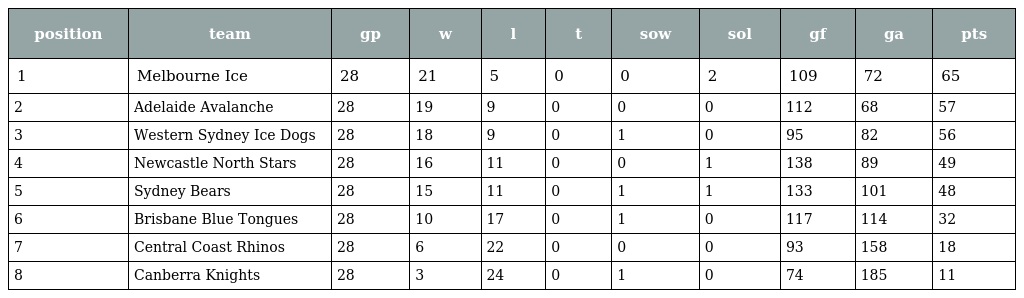
| position | team | gp | w | l | t | sow | sol | gf | ga | pts |
 | --- | --- | --- | --- | --- | --- | --- | --- | --- | --- | --- |
 | 1 | Melbourne Ice | 28 | 21 | 5 | 0 | 0 | 2 | 109 | 72 | 65 |
 | 2 | Adelaide Avalanche | 28 | 19 | 9 | 0 | 0 | 0 | 112 | 68 | 57 |
 | 3 | Western Sydney Ice Dogs | 28 | 18 | 9 | 0 | 1 | 0 | 95 | 82 | 56 |
 | 4 | Newcastle North Stars | 28 | 16 | 11 | 0 | 0 | 1 | 138 | 89 | 49 |
 | 5 | Sydney Bears | 28 | 15 | 11 | 0 | 1 | 1 | 133 | 101 | 48 |
 | 6 | Brisbane Blue Tongues | 28 | 10 | 17 | 0 | 1 | 0 | 117 | 114 | 32 |
 | 7 | Central Coast Rhinos | 28 | 6 | 22 | 0 | 0 | 0 | 93 | 158 | 18 |
 | 8 | Canberra Knights | 28 | 3 | 24 | 0 | 1 | 0 | 74 | 185 | 11 |